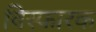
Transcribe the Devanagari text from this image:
विस्‍फारक